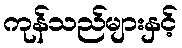
ကုန်သည်များနှင့်